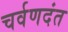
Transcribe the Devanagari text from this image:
चर्वणदंत